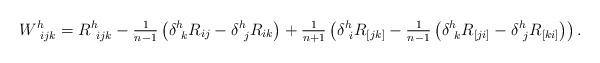
LaTeX: \begin{align*} W^h_{\ ijk}= R^h_{\ ijk} - \tfrac{1}{n-1} \left(\delta^h_{\ k} R_{ij} - \delta^h_{\ j} R_{ik}\right)+ \tfrac{1}{n+1} \left(\delta^h_{\ i} R_{{ [jk]}} - \tfrac{1}{n-1} \left( \delta^h_{ \ k} R_{{ [ji]}} - \delta^h_{\ j}R_{{ [ki]}} \right) \right).\end{align*}